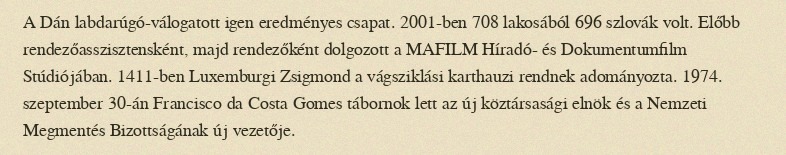
A Dán labdarúgó-válogatott igen eredményes csapat. 2001-ben 708 lakosából 696 szlovák volt. Előbb rendezőasszisztensként, majd rendezőként dolgozott a MAFILM Híradó- és Dokumentumfilm Stúdiójában. 1411-ben Luxemburgi Zsigmond a vágsziklási karthauzi rendnek adományozta. 1974. szeptember 30-án Francisco da Costa Gomes tábornok lett az új köztársasági elnök és a Nemzeti Megmentés Bizottságának új vezetője.